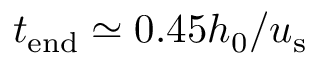
t _ { \mathrm { e n d } } \simeq 0 . 4 5 h _ { 0 } / u _ { \mathrm { s } }